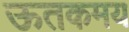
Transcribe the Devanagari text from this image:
ऊतकमय